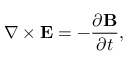
\nabla \times { \bf { E } } = - \frac { { \partial { \bf { B } } } } { { \partial t } } ,